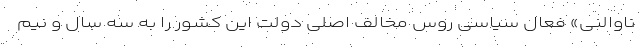
ناوالنی» فعال سیاسی روس مخالف اصلی دولت این کشور را به سه سال و نیم